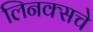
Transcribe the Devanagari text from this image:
लिनक्सचे